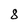
Character: 8